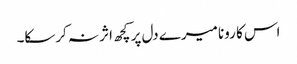
اس کا رونا میرے دل پر کچھ اثر نہ کرسکا۔